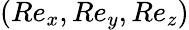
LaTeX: (Re_{x},Re_{y},Re_{z})